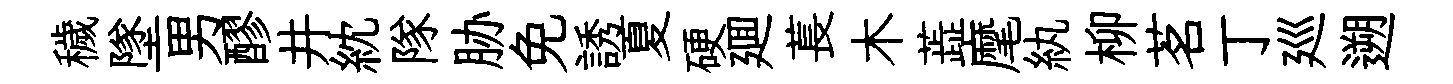
穢墜男醪井紞隊胁免誘夏硬廽萇木蕋麾紈柳茗丁廵遡